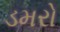
ડમરો